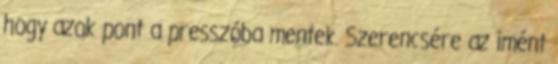
hogy azok pont a presszóba mentek. Szerencsére az imént